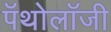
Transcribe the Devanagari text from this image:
पॅथोलॉजी